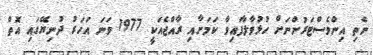
ނެތި އިންވެސްޓަރުންނަށް ހުޅުވާލާފައިވާ ކަމަށާއި ރާއްޖެއަކީ 1977 ވަނަ އަހަރު ދުނިޔޭގައި އޮތް